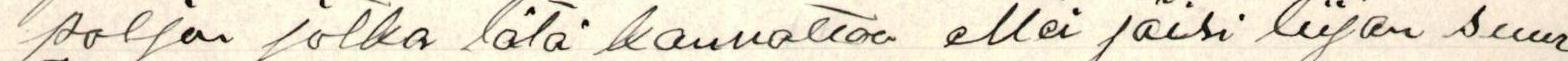
paljon jotka tät kannattaa ettei jäisi liijan suur